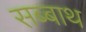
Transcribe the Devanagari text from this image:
सब्‍बाथ